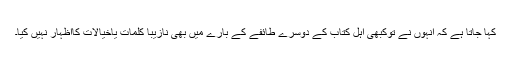
کہا جاتا ہے کہ انہوں نے توکبھی اہل کتاب کے دوسرے طائفے کے بارے میں بھی نازیبا کلمات یاخیالات کااظہار نہیں کیا۔